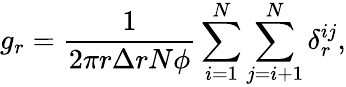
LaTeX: g_{r}=\frac{1}{2\pi r\Delta rN\phi}\sum_{i=1}^{N}\sum_{j=i+1}^{N}\delta_{r}^{ij},